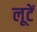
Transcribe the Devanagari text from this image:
लूटें